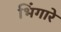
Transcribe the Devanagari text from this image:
भिंगारे